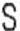
S